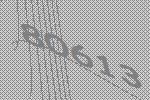
80613